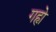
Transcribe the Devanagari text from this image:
गहृो